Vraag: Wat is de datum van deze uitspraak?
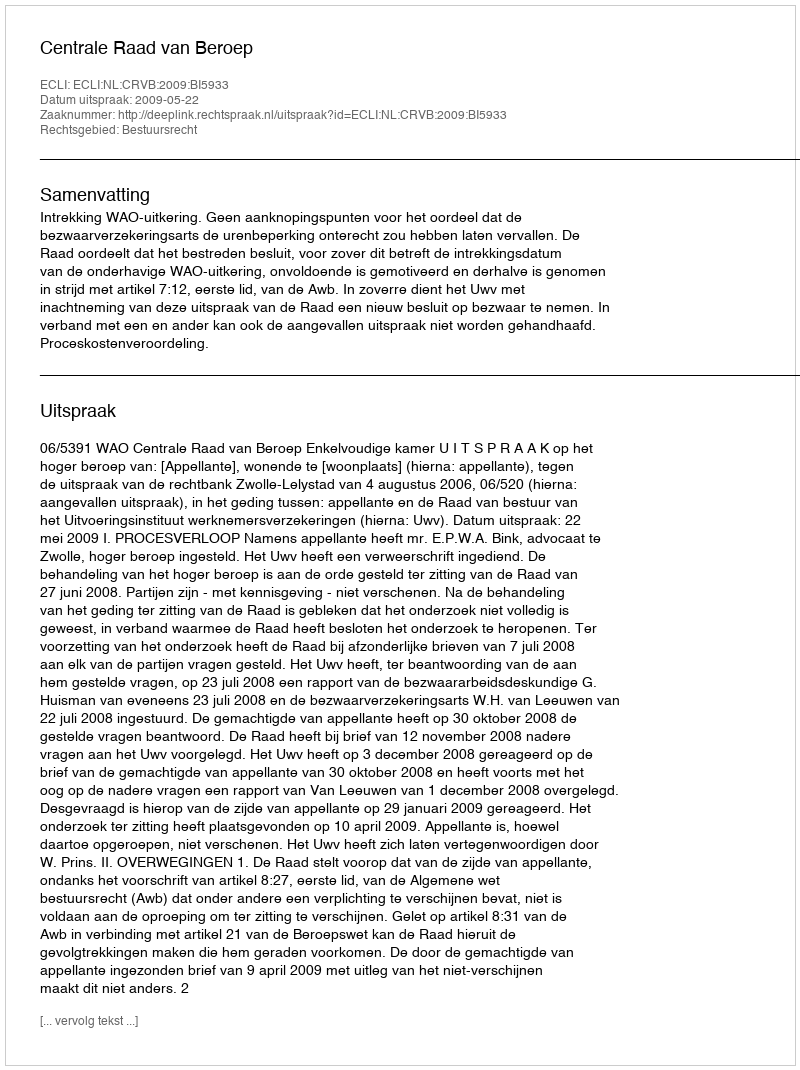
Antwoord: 2009-05-22